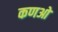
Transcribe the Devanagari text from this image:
कणओ